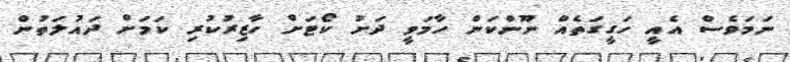
ނަމަވެސް އެއީ ހަގީގަތެއް ނޫންކަން ހާމަވީ ދަށު ކޯޓަށް ހާޒިރުކުރި ކަމަށް ދައުލަތުން